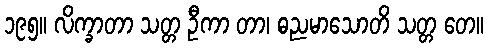
၁၉၅။ လိက္ခာတာ သတ္တ ဦကာ တာ၊ ဓညမာသောတိ သတ္တ တေ။